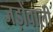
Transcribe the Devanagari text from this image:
जड़ोंवाली